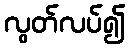
လွတ်လပ်၍